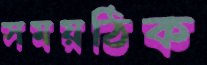
সময়ঠিক